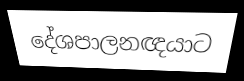
දේශපාලනඥයාට